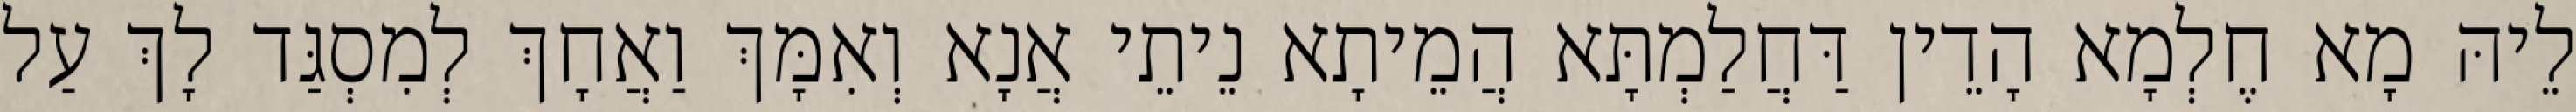
לֵיהּ מָא חֶלְמָא הָדֵין דַּחֲלַמְתָּא הֲמֵיתָא נֵיתֵי אֲנָא וְאִמָּךְ וַאֲחָךְ לְמִסְגַּד לָךְ עַל